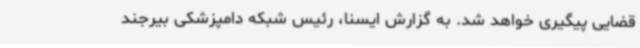
قضایی پیگیری خواهد شد. به گزارش ایسنا، رئیس شبکه دامپزشکی بیرجند